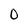
Character: 0